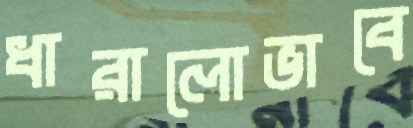
ধারালোভাবে